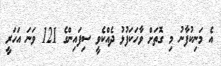
އެ މަނިކުފާނު މި ގޮތަށް ވާހަކަފުޅު ދެއްކެވީ ސިފައިންގެ 121 ވަނަ އަހަރީ